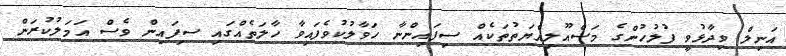
އަނިލް ވިދާޅުވީ ފުލުހުންގެ މަސްއޫލިއްޔަތުތަކެއް ސިފައިންނާ ހަވާލުކުވެފައިވާ ހާލަތެއްގައި ސިފައިން ވެސް އަމަލުކުރަން